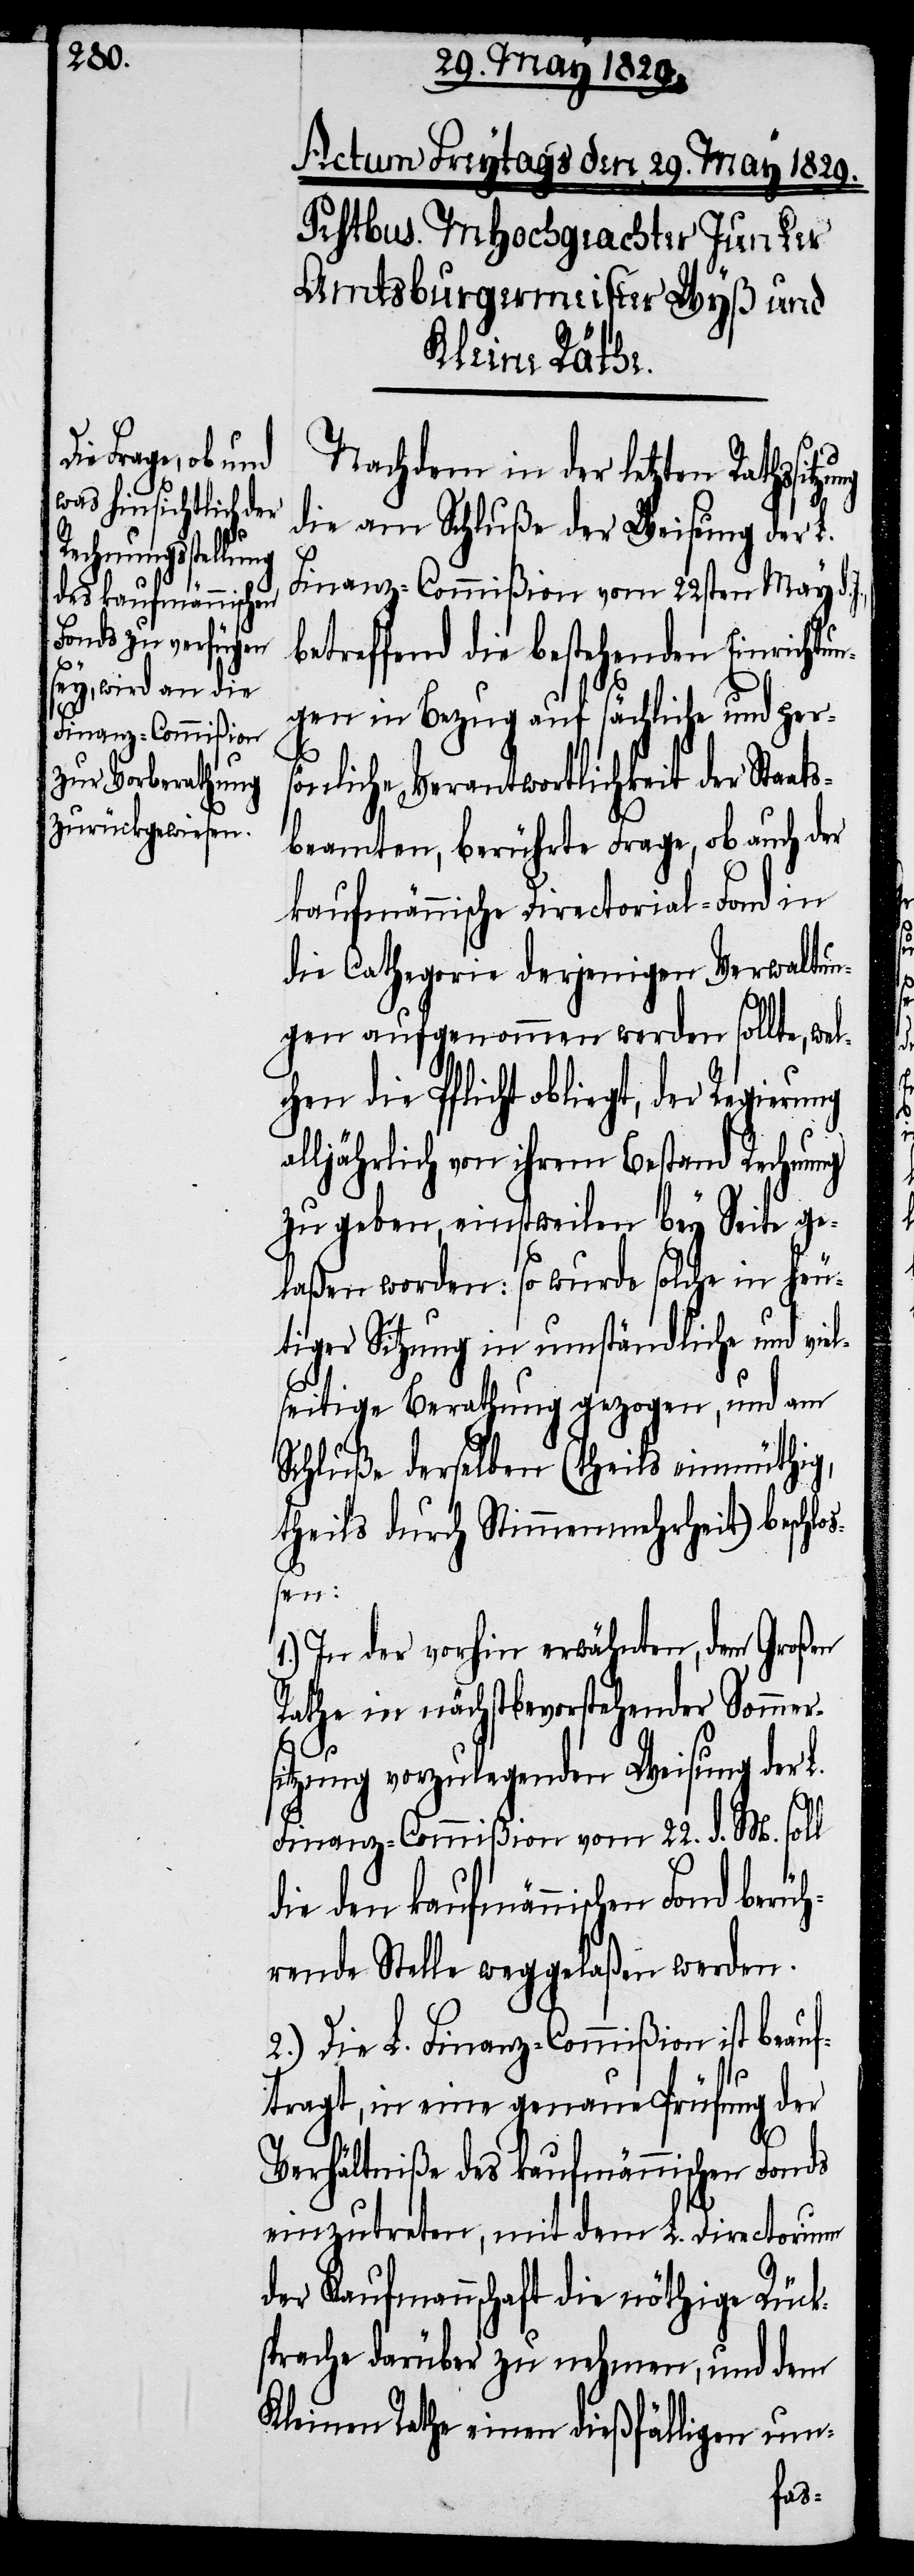
Nachdem in der letzten Rathssi¬
die am Schluße der Weisung der L.
Finanz-Commißion vom 22sten May d.
betreffend die bestehende Einrichtun¬
gen in Bezug auf sächliche und per¬
sönliche Verantwortlichkeit der Staat¬
sbeamten, berührte Frage, ob auch der
kaufmännische Directorial-Fond in
die Cathegorie derjenigen Verwaltun¬
gen aufgenommen werden sollte, wel¬
chen die Pflicht obliegt, der Regierung
alljährlich von ihrem Bestand Rechnung
zu geben, einstweilen bey Seite ge¬
laßen worden: so wurde solche in heu¬
tiger Sitzung in umständliche und vie¬
lseitige Berathung gezogen, und am
Schluße derselben (theils einmüthig,
theils durch Stimmenmehrheit) beschlo¬
ßen:
1.) In der vorhin erwähnten, dem Großen
Rathe in nächstbevorstehender Sommer¬
sitzung vorzulegende Weisung der L.
tzung
soll
Finanz-Commißion vom 22. d. M.
die den kaufmännischen Fond berüh¬
rende Stelle weggelaßen werden.
2.) Die L. Finanz-Commißion ist beauf¬
tragt, in eine genaue Prüfung der
Verhältniße des kaufmännischen Fonds
einzutreten, mit dem L. Directorium
der Kaufmannschaft die nöthige Rück¬
sprache darüber zu nehmen, und dem
Kleinen Rathe einen dießfälligen um-